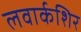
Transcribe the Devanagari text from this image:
लवार्कशिर